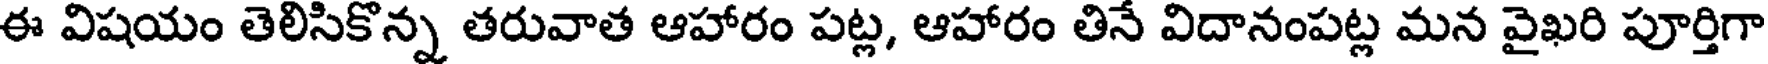
ఈ విషయం తెలిసికొన్న తరువాత ఆహారం పట్ల, ఆహారం తినే విదానంపట్ల మన వైఖరి పూర్తిగా